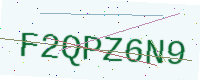
Text: F2QPZ6N9